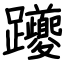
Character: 躨